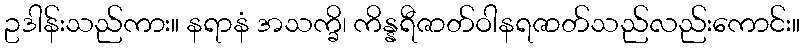
ဥဒါန်းသည်ကား။ နရာနံ အသက္ခိ၊ ကိန္နရီဇာတ်ဝါနရဇာတ်သည်လည်းကောင်း။